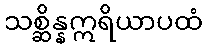
သစ္ဆိန္နဣရိယာပထံ